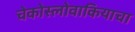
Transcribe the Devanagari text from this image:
चेकोस्लोवाकियाचा